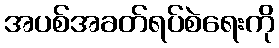
အပစ်အခတ်ရပ်စဲရေးကို